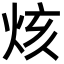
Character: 烗